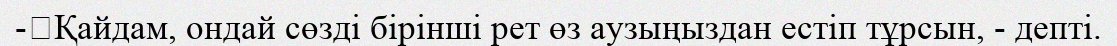
-	Қайдам, ондай сөзді бірінші рет өз аузыңыздан естіп тұрсын, - депті.